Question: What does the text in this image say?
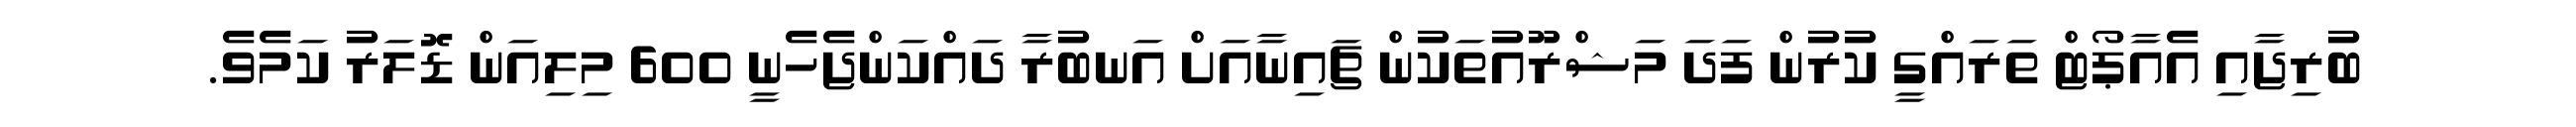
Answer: ބުރިޖާއި އެއާޕޯޓް ތަރައްގީ ކުރުން ފަދަ މަޝްރޫއުތަކުން ޗައިނާއަށް އަނބުރާ ދައްކަންޖެހެނީ 600 މިލިއަން ޑޮލަރު ކަމެވެ.